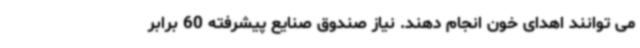
می توانند اهدای خون انجام دهند. نیاز صندوق صنایع پیشرفته 60 برابر